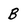
Character: B